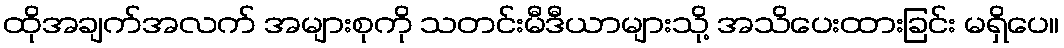
ထိုအချက်အလက် အများစုကို သတင်းမီဒီယာများသို့ အသိပေးထားခြင်း မရှိပေ။